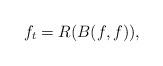
LaTeX: \begin{align*} f_{t}=R(B(f,f)),\end{align*}